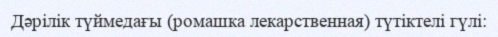
Дәрілік түймедағы (ромашка лекарственная) түтіктелі гүлі: